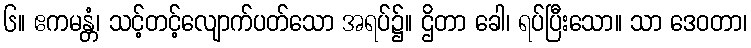
၆။ ဧကမန္တံ၊ သင့်တင့်လျောက်ပတ်သော အရပ်၌။ ဌိတာ ခေါ၊ ရပ်ပြီးသော။ သာ ဒေဝတာ၊